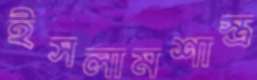
ইসলামশাস্ত্র